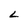
Character: L